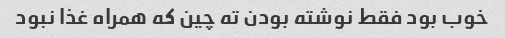
خوب بود فقط نوشته بودن ته چین که همراه غذا نبود